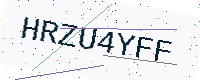
Text: HRZU4YFF